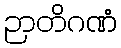
ဉာတိဂဏံ